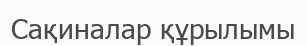
Сақиналар құрылымы